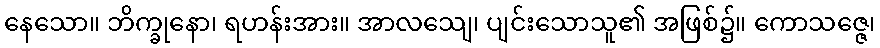
နေသော။ ဘိက္ခုနော၊ ရဟန်းအား။ အာလသျေ၊ ပျင်းသောသူ၏ အဖြစ်၌။ ကောသဇ္ဇေ၊